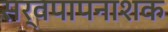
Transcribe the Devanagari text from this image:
सर्वपापनाशक